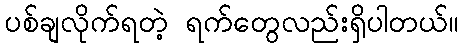
ပစ်ချလိုက်ရတဲ့ ရက်တွေလည်းရှိပါတယ်။